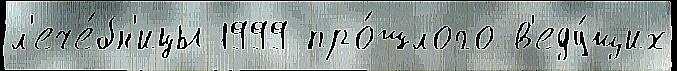
л'ече́бн'ицы 1999 про́шлого в'еду́щих